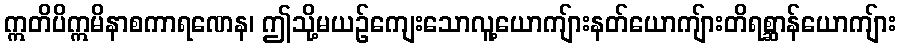
ဣတိပိဣမိနာစကာရဏေန၊ ဤသို့မယဉ်ကျေးသောလူ့ယောကျ်ားနတ်ယောကျ်ားတိရစ္ဆာန်ယောကျ်ား